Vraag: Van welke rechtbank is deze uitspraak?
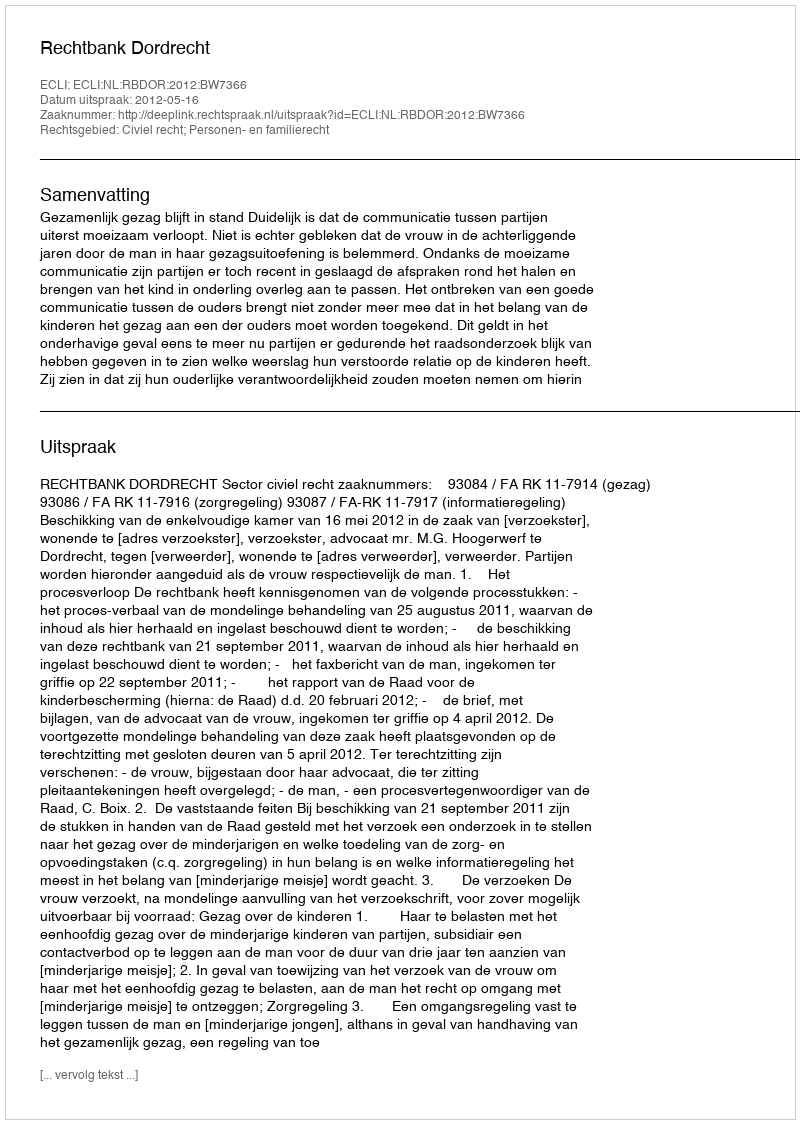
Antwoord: Rechtbank Dordrecht